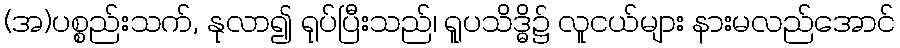
(အ)ပစ္စည်းသက်, နုလာ၍ ရုပ်ပြီးသည်၊ ရူပသိဒ္ဓိ၌ လူငယ်များ နားမလည်အောင်